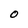
Character: O